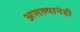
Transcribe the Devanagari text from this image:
असल्यानेही